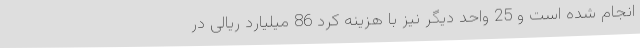
انجام شده است و 25 واحد دیگر نیز با هزینه کرد 86 میلیارد ریالی در